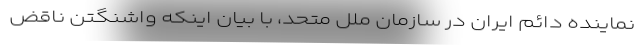
نماینده دائم ایران در سازمان ملل متحد، با بیان اینکه واشنگتن ناقض